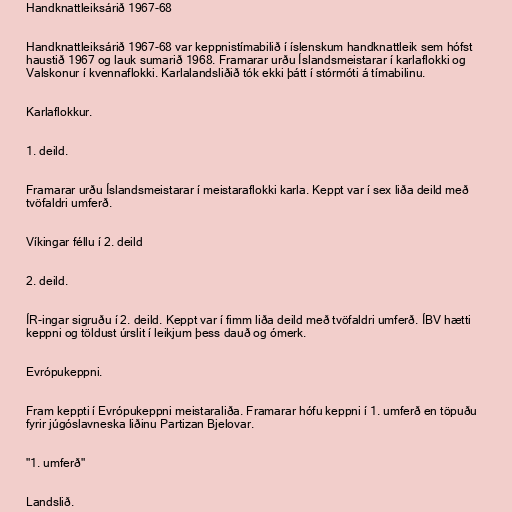
Handknattleiksárið 1967-68

Handknattleiksárið 1967-68 var keppnistímabilið í íslenskum handknattleik sem hófst
haustið 1967 og lauk sumarið 1968. Framarar urðu Íslandsmeistarar í karlaflokki og
Valskonur í kvennaflokki. Karlalandsliðið tók ekki þátt í stórmóti á tímabilinu.

Karlaflokkur.

1. deild.

Framarar urðu Íslandsmeistarar í meistaraflokki karla. Keppt var í sex liða deild með
tvöfaldri umferð.

Víkingar féllu í 2. deild

2. deild.

ÍR-ingar sigruðu í 2. deild. Keppt var í fimm liða deild með tvöfaldri umferð. ÍBV hætti
keppni og töldust úrslit í leikjum þess dauð og ómerk.

Evrópukeppni.

Fram keppti í Evrópukeppni meistaraliða. Framarar hófu keppni í 1. umferð en töpuðu
fyrir júgóslavneska liðinu Partizan Bjelovar.

"1. umferð"

Landslið.